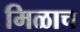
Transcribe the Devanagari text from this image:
मिळाच